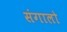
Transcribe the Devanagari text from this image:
संगालो